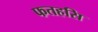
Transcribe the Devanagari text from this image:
फतहसि